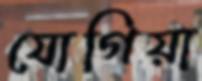
যোগিয়া